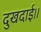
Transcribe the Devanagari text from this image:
दुखदाई।।